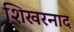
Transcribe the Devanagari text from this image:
शिखरनाद